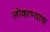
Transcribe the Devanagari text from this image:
लोकाभ्यास